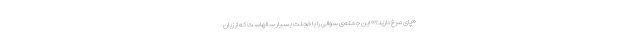
«پای مرغ دارید؟» این جمله‌ی سوالی را با خجلت بسیار سالهاست که از زبان